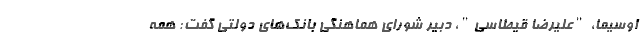
اوسیما، "علیرضا قیطاسی"، دبیر شورای هماهنگی بانک‌های دولتی گفت: همه